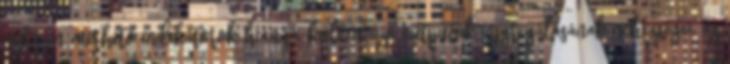
nehezen mérhető indikátorok hiánya, különböző outputok aggregálásának nehézségei, az